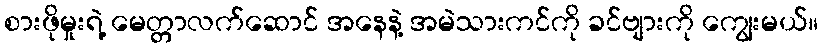
စားဖိုမှုးရဲ့ မေတ္တာလက်ဆောင် အနေနဲ့ အမဲသားကင်ကို ခင်ဗျားကို ကျွေးမယ်။